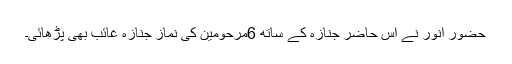
حضورِ انور نے اس حاضر جنازہ کے ساتھ 6مرحومین کی نمازِ جنازہ غائب بھی پڑھائی۔